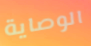
الوصاية